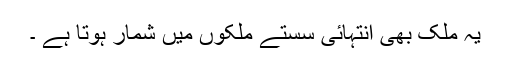
یہ ملک بھی انتہائی سستے ملکوں میں شمار ہوتا ہے ۔